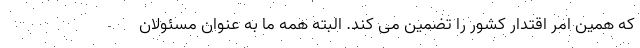
که همین امر اقتدار کشور را تضمین می کند. البته همه ما به عنوان مسئولان